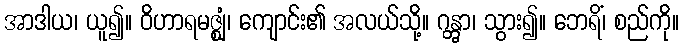
အာဒါယ၊ ယူ၍။ ဝိဟာရမဇ္ဈံ၊ ကျောင်း၏ အလယ်သို့။ ဂန္တွာ၊ သွား၍။ ဘေရိံ၊ စည်ကို။